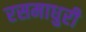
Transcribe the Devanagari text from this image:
रसमाधुरी